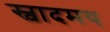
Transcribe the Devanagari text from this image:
स्वादमय